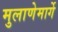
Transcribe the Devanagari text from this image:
मुलाणेमार्गे